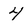
Character: 4